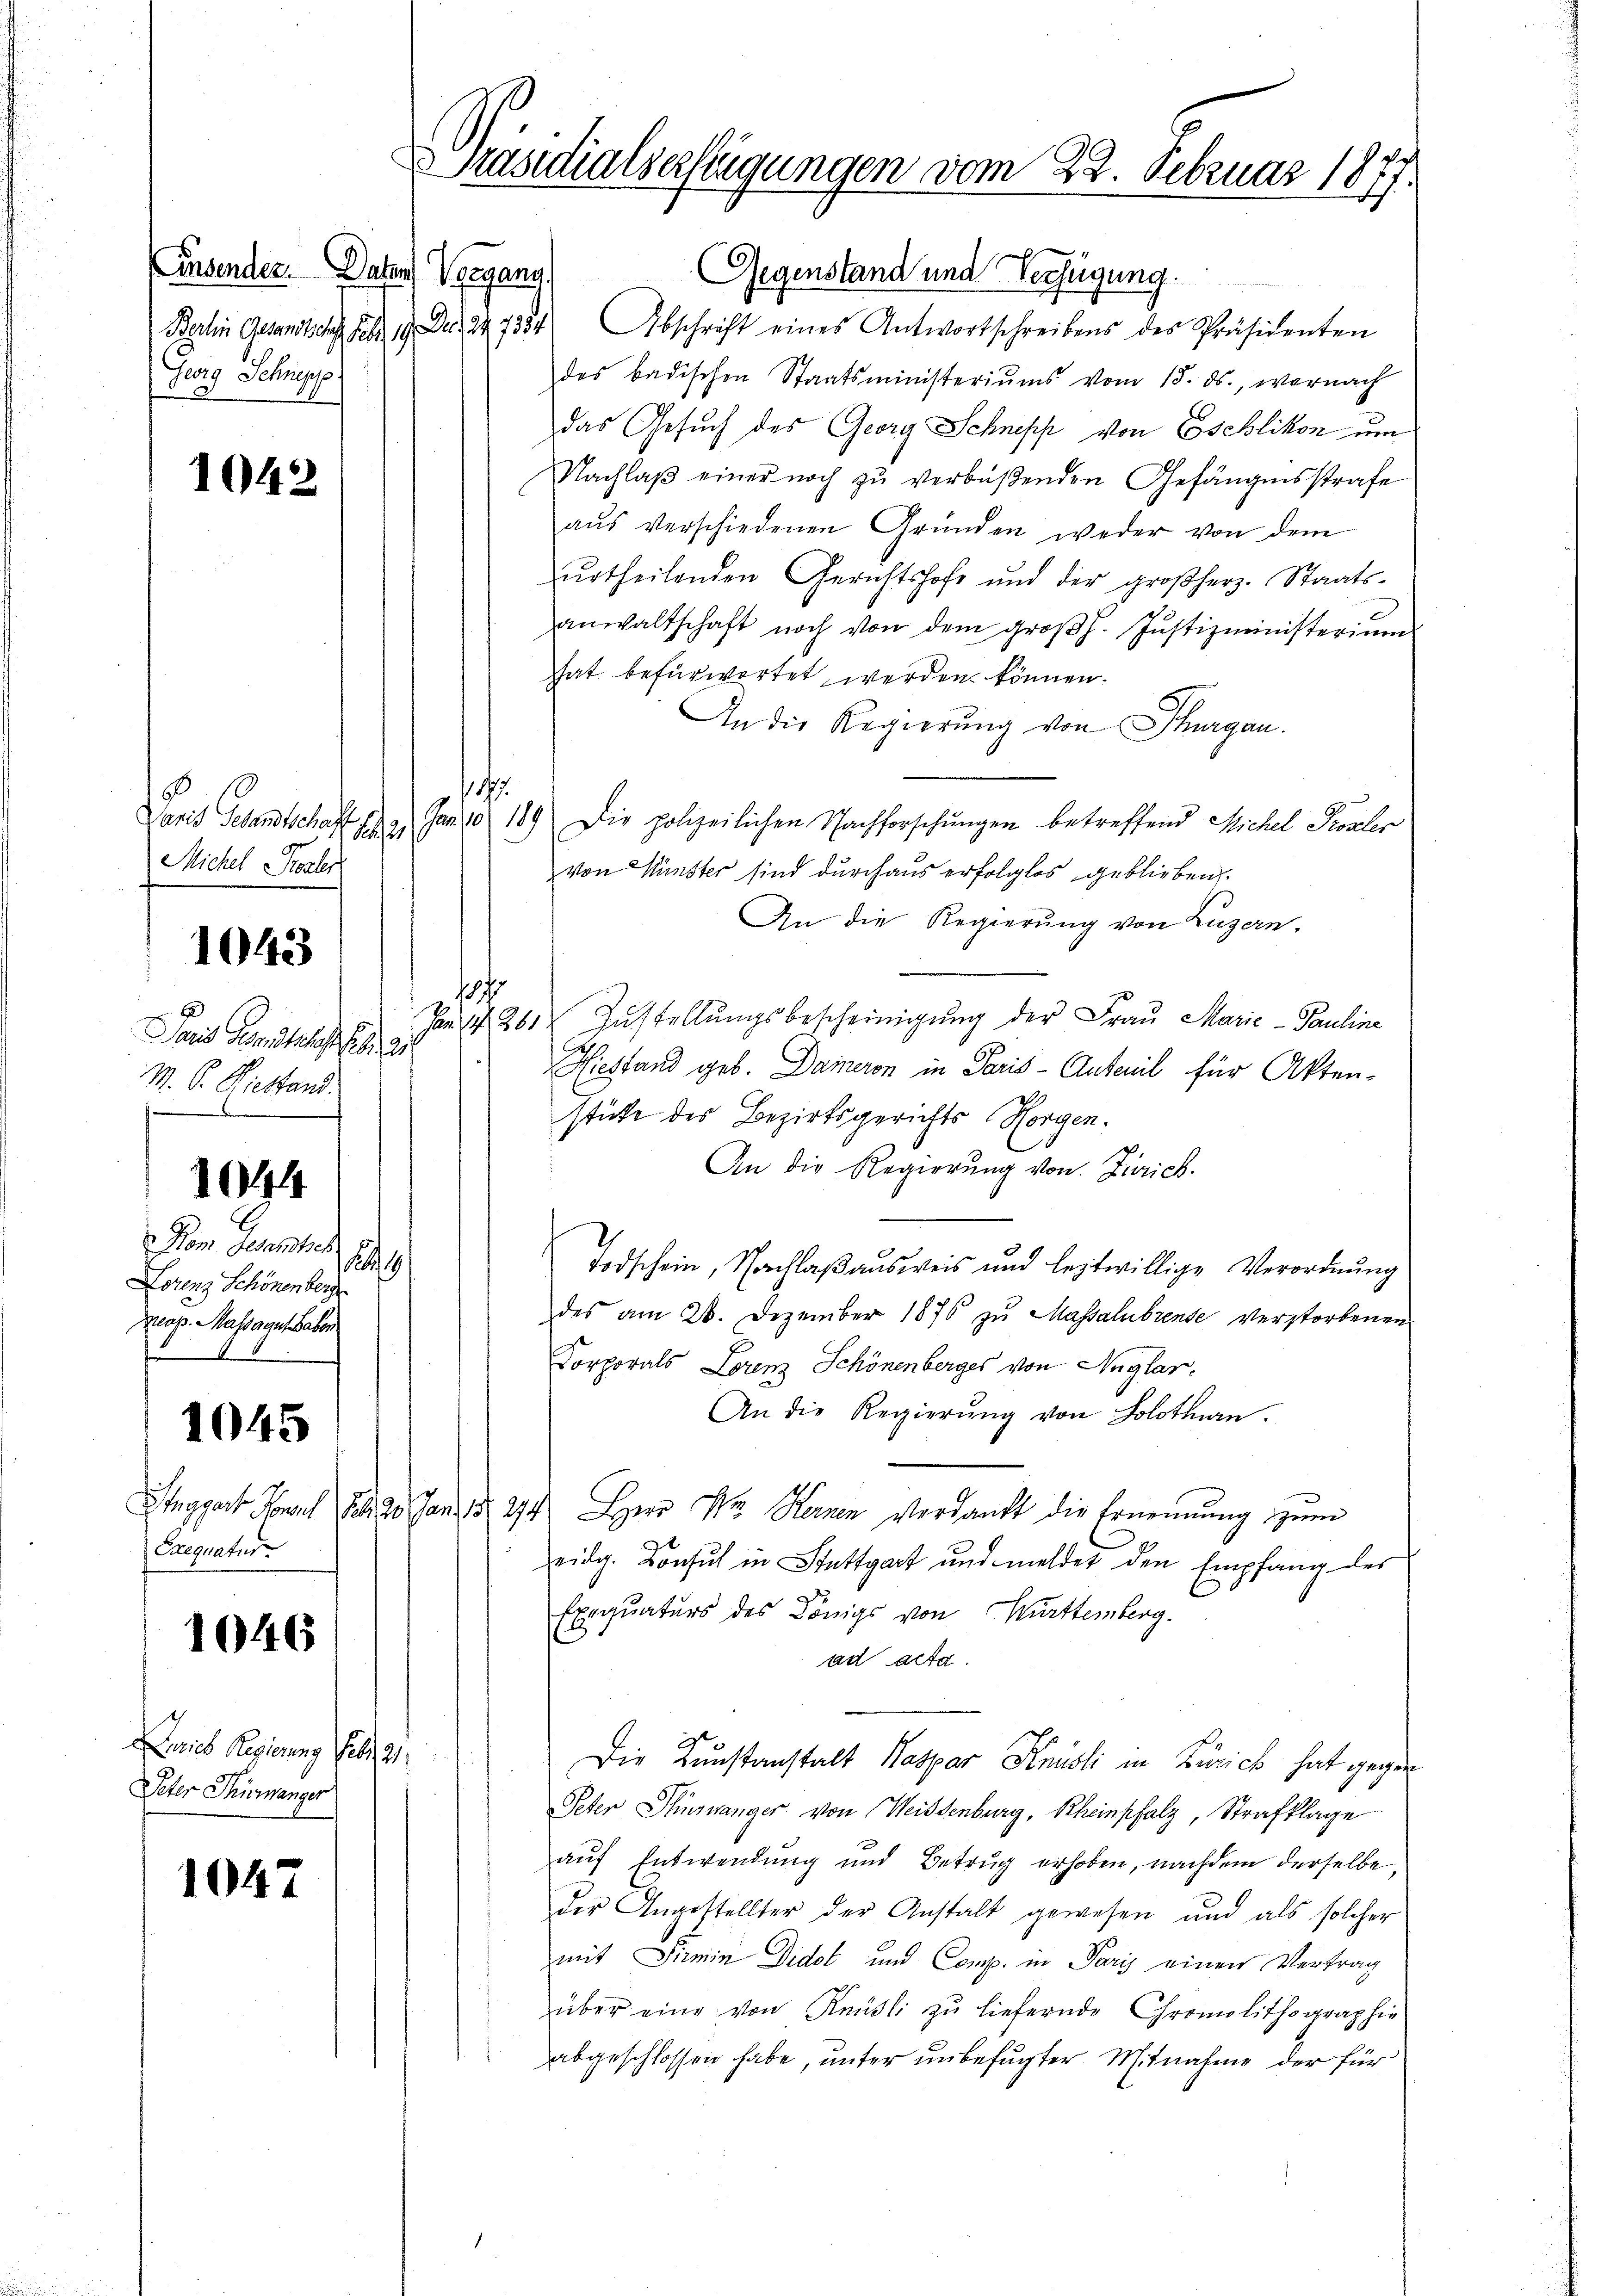
(insender. Daher Vergang
Georg Schnepp

1042

Paris Gesandtschaft ge
Michel Poster

Das Gemeistets et
M. V. Hiestand.
s

1043

1044

Kom Gesandtsch
12
Lorenz Schönenberg
Kap. Massage aber

Exequatur.

1045

1046

Dries Regierung Feb. 2
Peter Thürmanger

1047

Präsidialserfügungen vom 22. Februar 1877.

Gegenstand und Verfügung.
Berlin Gesandtschaf Febr. 19. Dez. 1334) Abschrift eines Antwortschreibens des Präsidenten
des badischen Staatsministeriums vom 15. ds., wornach
das Gesuch des Georg Schnepp von Eschlikon um
Nachlaβ einer noch zŭ verbüßenden Gefängnisstrafe
aŭs verschiedenen Gründen weder von dem
ŭrtheilenden Gerichtshofe und der großherz. Staats-
anwaltschaft noch von dem groβh. Justizministerium
hat befürwortet werden können.
An die Regierung von Thurgau.
1797.
Jan. 10 189. Die polizeilichen Nachforschungen betreffend Michel Prozler
von Künster sind durchaus erfolglos geblieben.
An die Regierung von Luzern.
1077
Pan 1426 Zŭstellŭngsbescheinigŭng der Frau Marić - Pauline
Hiestand geb. Dameron in Paris - Anteil für Akten-
stüke des Bezirksgerichts Horgen.
An die Regierung von Zürich.
Todschein, Nachlaßausweis und leztwillige Verordnung
des am 28. Dezember 1876 zu Massalubrense verstorbenen
Corporals Lorenz Schönenberges von Anglar.
An die Regierung von Solothurn.
Inggart Jonat 1820. Jan. 1827. Herr Dr. Kernen Verdankt die Ernennung zum
eidg. Konsul in Stuttgart und meldet den Empfang des
Exequaturs des Königs von Württemberg.
ad acta.
Die Kunstanstalt Kaspar Knüsli in Zürich hat gegen
Peter Thurganger von Weissenburg, Rheinpfalz, Strafklage
aŭf Entwendung und Betrug erhoben, nachdem derselbe,
der Angestellter der Anstalt gewesen und als solcher
mit Pirmin Didol und Comp. in Paris einen Vertrag
über eine von Knüsli zŭ liefernde Chromolithographie
abgeschlossen habe, unter unbefugter Mitnahme der für